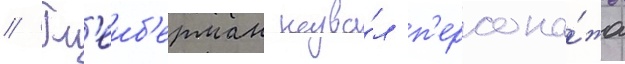
// Гл'еиб'ерман назва́л п'ерсона́жа